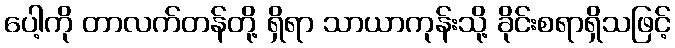
ပေါ့ကို တာလက်တန်တို့ ရှိရာ သာယာကုန်းသို့ ခိုင်းစရာရှိသဖြင့်